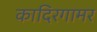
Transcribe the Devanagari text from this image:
कादिरगामर